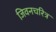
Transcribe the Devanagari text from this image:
जिवनचरित्र